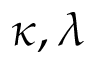
\kappa , \lambda